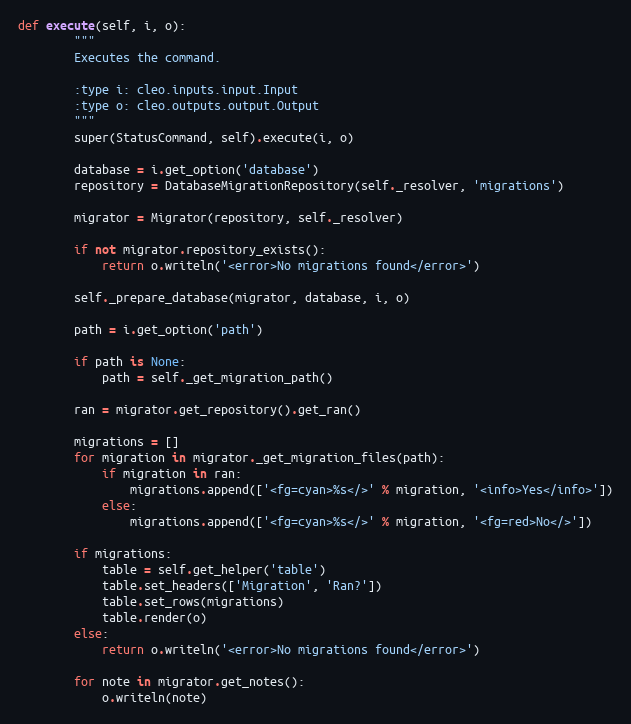
Language: Python
def execute(self, i, o):
        """
        Executes the command.

        :type i: cleo.inputs.input.Input
        :type o: cleo.outputs.output.Output
        """
        super(StatusCommand, self).execute(i, o)

        database = i.get_option('database')
        repository = DatabaseMigrationRepository(self._resolver, 'migrations')

        migrator = Migrator(repository, self._resolver)

        if not migrator.repository_exists():
            return o.writeln('<error>No migrations found</error>')

        self._prepare_database(migrator, database, i, o)

        path = i.get_option('path')

        if path is None:
            path = self._get_migration_path()

        ran = migrator.get_repository().get_ran()

        migrations = []
        for migration in migrator._get_migration_files(path):
            if migration in ran:
                migrations.append(['<fg=cyan>%s</>' % migration, '<info>Yes</info>'])
            else:
                migrations.append(['<fg=cyan>%s</>' % migration, '<fg=red>No</>'])

        if migrations:
            table = self.get_helper('table')
            table.set_headers(['Migration', 'Ran?'])
            table.set_rows(migrations)
            table.render(o)
        else:
            return o.writeln('<error>No migrations found</error>')

        for note in migrator.get_notes():
            o.writeln(note)